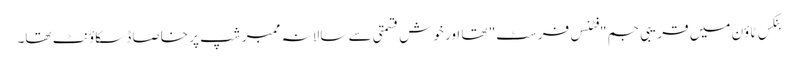
بنکس ٹاؤن میں قریبی جم "فٹنس فرسٹ" تھا اور خوش قسمتی سے سالانہ ممبر شپ پر خاصا ڈسکاؤنٹ تھا۔